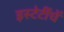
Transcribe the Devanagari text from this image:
इस्टेटींचें